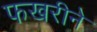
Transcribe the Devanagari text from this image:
फखरीने